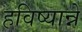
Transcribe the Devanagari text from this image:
हविष्यान्ने